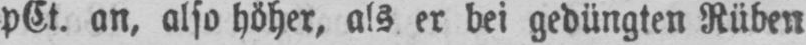
pCt. an, also höher, als er bei gedüngten Rüben